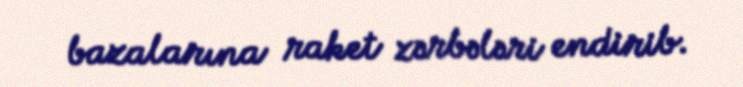
bazalarına raket zərbələri endirib.